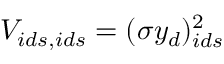
V _ { i d s , i d s } = ( \sigma y _ { d } ) _ { i d s } ^ { 2 }